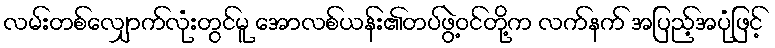
လမ်းတစ်လျှောက်လုံးတွင်မူ အောလစ်ယန်း၏တပ်ဖွဲ့ဝင်တို့က လက်နက် အပြည့်အပုံဖြင့်